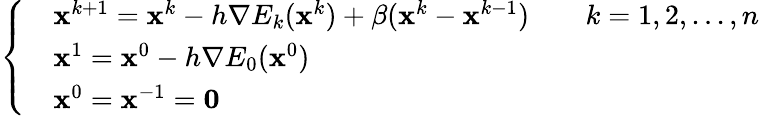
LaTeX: \left\{ \begin{array}{rlrl}&{\mathbf{x}^{k+1}=\mathbf{x}^{k}-h\nabla E_{k}(\mathbf{x}^{k})+\beta(\mathbf{x}^{k}-\mathbf{x}^{k-1})}&&{{k=1,2,...,n}}\\ &{\mathbf{x}^{1}=\mathbf{x}^{0}-h\nabla E_{0}(\mathbf{x}^{0})}\\ &{\mathbf{x}^{0}=\mathbf{x}^{-1}=\mathbf{0}}\end{array}\right.